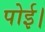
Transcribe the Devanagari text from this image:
पोई।